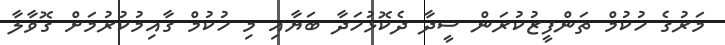
މަރުގެ ހުކުމް ތަންފީޒުކުރަން ސީދާ ދެކޮޅުހަދާ ބަޔާއި މި ހުކުމް ގާއިމުކުރުމަށް ގޮވާލާ